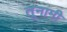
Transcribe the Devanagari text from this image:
तूनामी